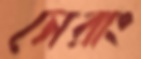
সেরাং